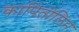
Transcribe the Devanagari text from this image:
कापितोलिन